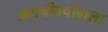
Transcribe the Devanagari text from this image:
अशनीवर्षावाला